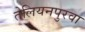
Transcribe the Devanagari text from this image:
तेलियनपुरवा